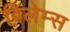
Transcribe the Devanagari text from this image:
विलेम्स